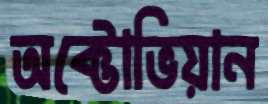
অক্টোভিয়ান